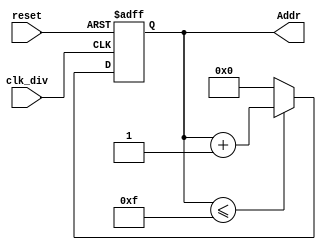
module AGU(clk_div,reset,Addr);
input clk_div,reset;
output [3:0]Addr;
reg [3:0]Addr;
always@(posedge clk_div or posedge reset)
begin
	if(reset==1'b1) 
	Addr <=4'd0;
	else if(Addr<=4'd15)
	Addr <=Addr+4'd1;	
   else
   Addr <=4'd0;	
end
endmodule